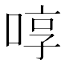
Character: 啍